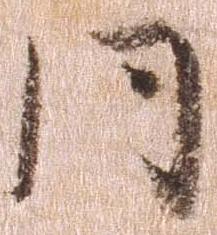
同